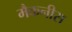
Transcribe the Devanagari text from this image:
मैकनीस